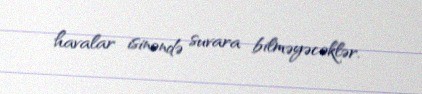
havalar isinəndə suvara bilməyəcəklər.